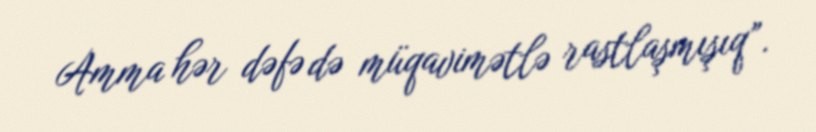
Amma hər dəfə də müqavimətlə rastlaşmışıq”.